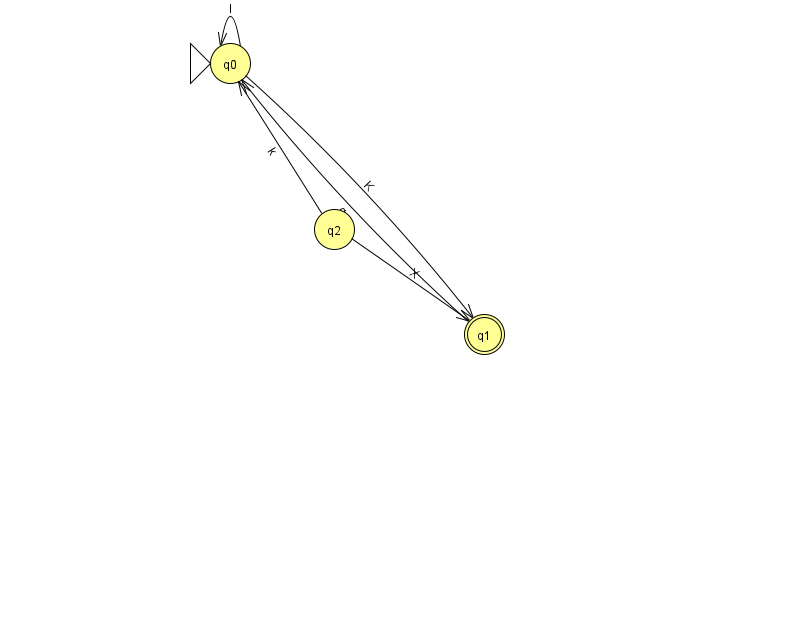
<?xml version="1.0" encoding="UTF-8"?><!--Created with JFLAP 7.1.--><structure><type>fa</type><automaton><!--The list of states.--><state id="0" name="q0"><x>230.0</x><y>50.0</y><initial/></state><state id="1" name="q1"><x>484.0</x><y>321.0</y><final/></state><state id="2" name="q2"><x>334.0</x><y>216.0</y></state><!--The list of transitions.--><transition><from>1</from><to>0</to><read>q</read></transition><transition><from>2</from><to>0</to><read>k</read></transition><transition><from>0</from><to>0</to><read>l</read></transition><transition><from>0</from><to>1</to><read>K</read></transition><transition><from>2</from><to>1</to><read>X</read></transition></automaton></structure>